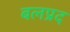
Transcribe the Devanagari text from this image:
बलप्रद